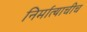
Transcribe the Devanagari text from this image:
निर्मात्याचीच